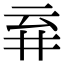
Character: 𬼾